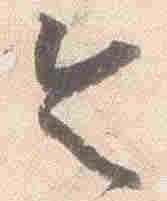
令